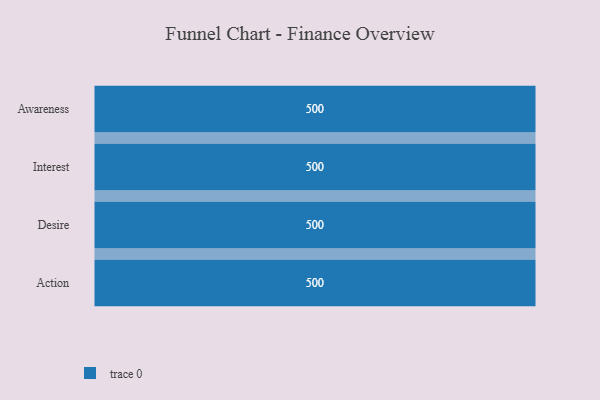
{"axis": {"x": "Stage", "y": "Value"}, "legend": [""], "data": [{"x": "Awareness", "y": 500, "type": ""}, {"x": "Interest", "y": 500, "type": ""}, {"x": "Desire", "y": 500, "type": ""}, {"x": "Action", "y": 500, "type": ""}]}